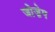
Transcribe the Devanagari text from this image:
जोज़ेप